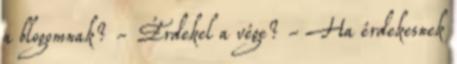
a blogomnak? - Érdekel a vége? - Ha érdekesnek